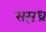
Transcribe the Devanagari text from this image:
सर्ंरंध्र